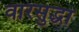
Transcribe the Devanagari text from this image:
वारसुद्धा